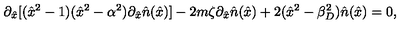
\partial _ { \hat { x } } [ ( \hat { x } ^ { 2 } - 1 ) ( \hat { x } ^ { 2 } - \alpha ^ { 2 } ) \partial _ { \hat { x } } \hat { n } ( \hat { x } ) ] - 2 m \zeta \partial _ { \hat { x } } \hat { n } ( \hat { x } ) + 2 ( \hat { x } ^ { 2 } - \beta _ { D } ^ { 2 } ) \hat { n } ( \hat { x } ) = 0 ,